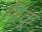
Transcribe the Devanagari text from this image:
पिंकू